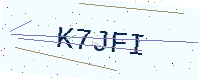
Text: K7JFI